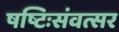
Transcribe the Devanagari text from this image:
षष्टिःसंवत्सर